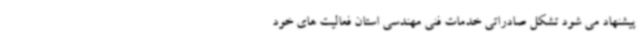
پیشنهاد می شود تشکل صادراتی خدمات فنی مهندسی استان فعالیت های خود